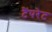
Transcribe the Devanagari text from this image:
टैंपरेट